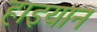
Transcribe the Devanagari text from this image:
हाइयान